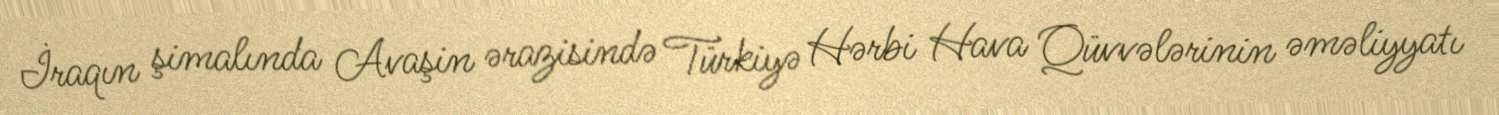
İraqın şimalında Avaşin ərazisində Türkiyə Hərbi Hava Qüvvələrinin əməliyyatı